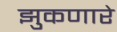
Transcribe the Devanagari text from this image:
झुकणारे